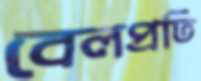
বেলপ্রতি